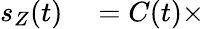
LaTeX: \begin{array}{rl}{s_{Z}(t)}&{{}=C(t)\times}\end{array}